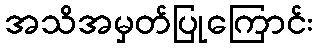
အသိအမှတ်ပြုကြောင်း